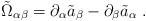
LaTeX: \begin{align*}{\tilde \Omega}_{\alpha\beta} = \partial_\alpha {\tilde a}_\beta - \partial_\beta {\tilde a}_\alpha \;.\end{align*}